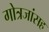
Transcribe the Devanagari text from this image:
गोत्रजांसह